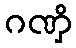
ဂဏှိ